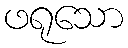
ဖရုသော